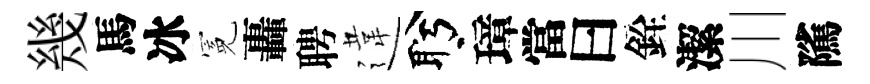
幾馬冰冕轟聘違盻璋當曰銓潔川隲